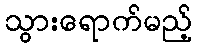
သွားရောက်မည့်